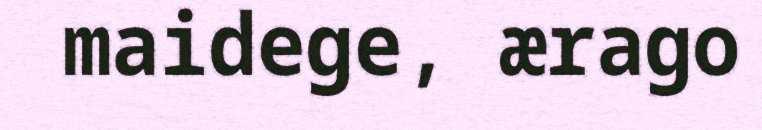
maidege, ærago